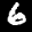
Label: 6